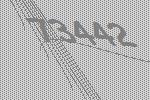
73442